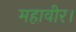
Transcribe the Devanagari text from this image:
महावीर।